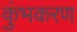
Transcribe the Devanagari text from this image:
कुंभकरण